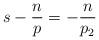
LaTeX: \begin{align*} s - \frac{n}{p} = -\frac{n}{p_2}\end{align*}